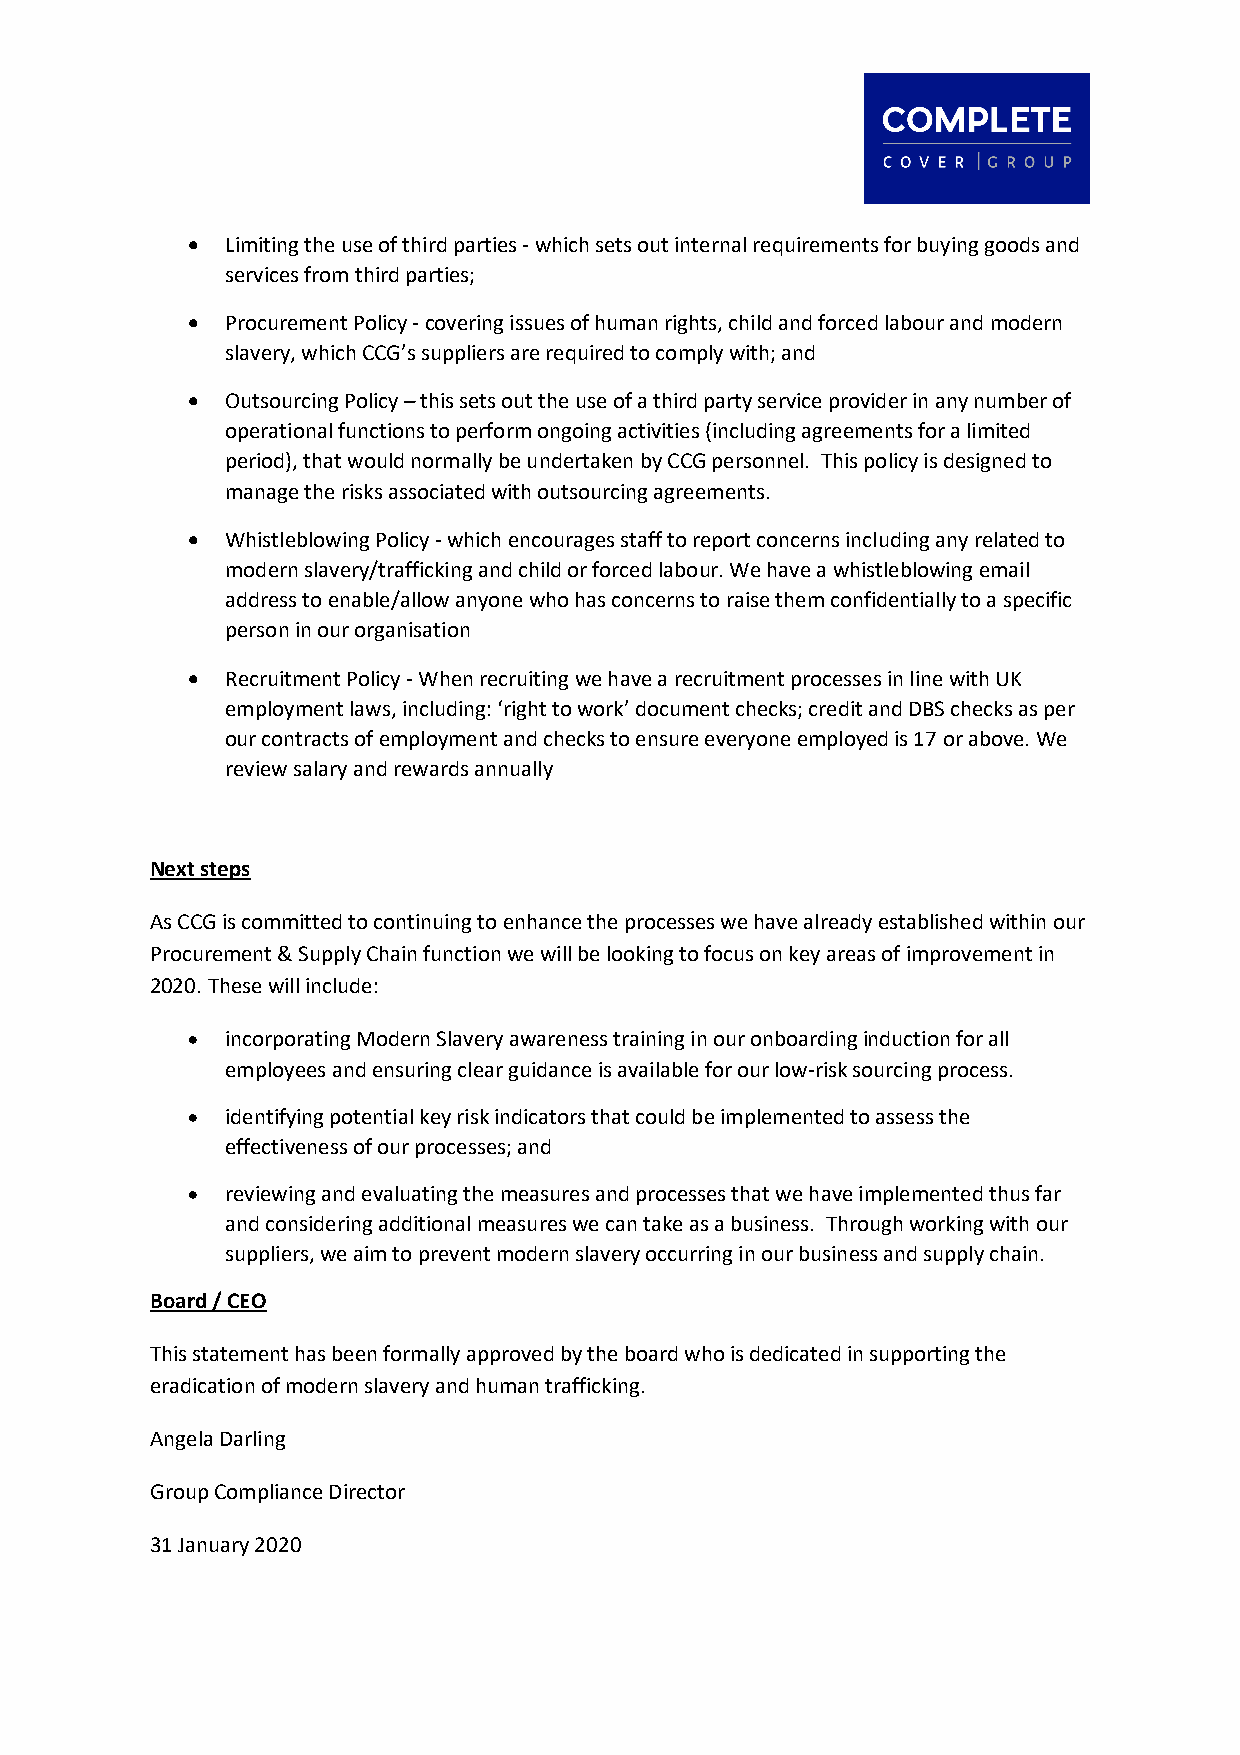
•  Limiting the use of third parties - which sets out internal requirements for buying goods and
 services from third parties;
 •  Procurement Policy - covering issues of human rights, child and forced labour and modern
 slavery, which CCG’s suppliers are required to comply with; and
 •  Outsourcing Policy – this sets out the use of a third party service provider in any number of
 operational functions to perform ongoing activities (including agreements for a limited
 period), that would normally be undertaken by CCG personnel. This policy is designed to
 manage the risks associated with outsourcing agreements.
 •  Whistleblowing Policy - which encourages staff to report concerns including any related to
 modern slavery/trafficking and child or forced labour. We have a whistleblowing email
 address to enable/allow anyone who has concerns to raise them confidentially to a specific
 person in our organisation
 •  Recruitment Policy - When recruiting we have a recruitment processes in line with UK
 employment laws, including: ‘right to work’ document checks; credit and DBS checks as per
 our contracts of employment and checks to ensure everyone employed is 17 or above. We
 review salary and rewards annually
 Next steps
 As CCG is committed to continuing to enhance the processes we have already established within our
 Procurement & Supply Chain function we will be looking to focus on key areas of improvement in
 2020. These will include:
 •  incorporating Modern Slavery awareness training in our onboarding induction for all
 employees and ensuring clear guidance is available for our low-risk sourcing process.
 •  identifying potential key risk indicators that could be implemented to assess the
 effectiveness of our processes; and
 •  reviewing and evaluating the measures and processes that we have implemented thus far
 and considering additional measures we can take as a business. Through working with our
 suppliers, we aim to prevent modern slavery occurring in our business and supply chain.
 Board / CEO
 This statement has been formally approved by the board who is dedicated in supporting the
 eradication of modern slavery and human trafficking.
 Angela Darling
 Group Compliance Director
 31 January 2020